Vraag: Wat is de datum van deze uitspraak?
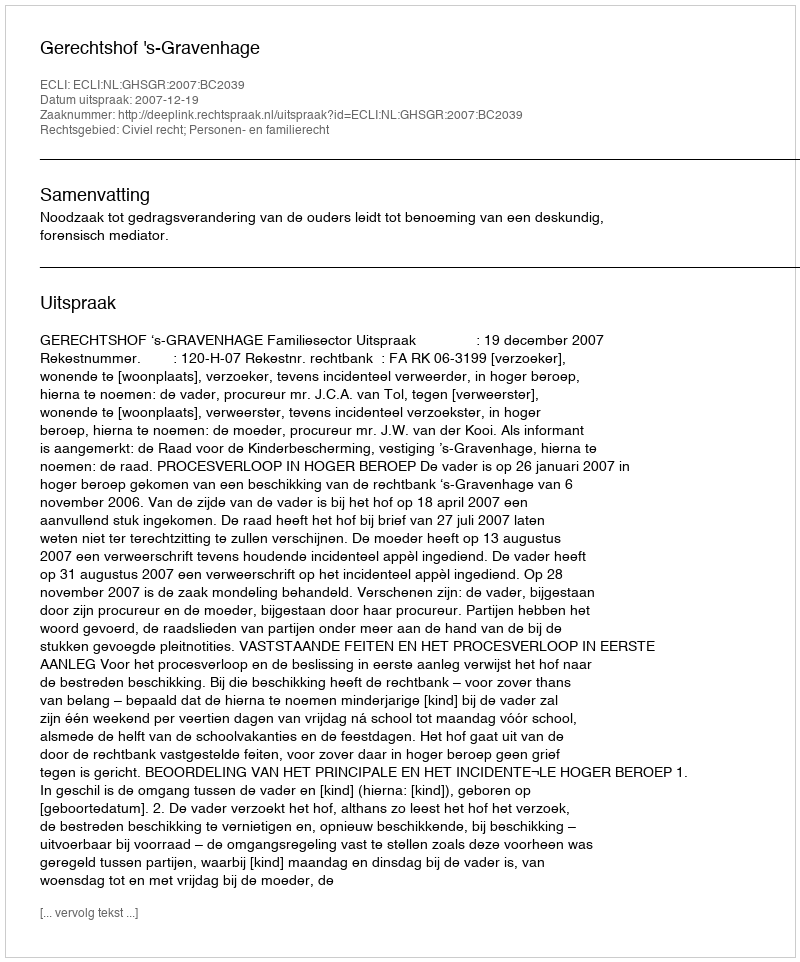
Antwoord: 2007-12-19